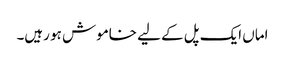
اماں ایک پل کے لیے خاموش ہو رہیں۔